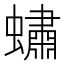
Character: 𧑛